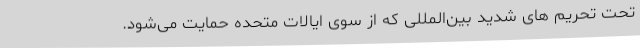
تحت تحریم ‌های شدید بین‌المللی که از سوی ایالات متحده حمایت می‌شود.